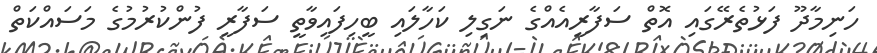
ހަނިމާދޫ ފަޅުތެރޭގައި އޮތް ސަފާރީއެއްގެ ނަގިލި ކަހާލައި ބީހިފައިވާތީ ސަފާރީ ފުންކުރުމުގެ މަސައްކަތް